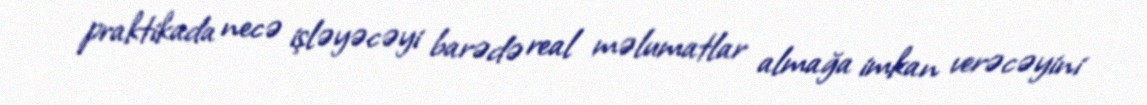
praktikada necə işləyəcəyi barədə real məlumatlar almağa imkan verəcəyini